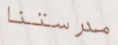
مدرستنا